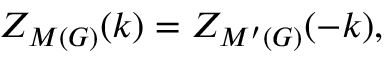
Z _ { M ( { \cal G ) } } ( k ) = Z _ { M ^ { \prime } ( { \cal G ) } } ( - k ) ,